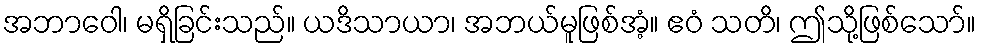
အဘာဝေါ၊ မရှိခြင်းသည်။ ယဒိသာယာ၊ အဘယ်မူဖြစ်အံ့။ ဧဝံ သတိ၊ ဤသို့ဖြစ်သော်။